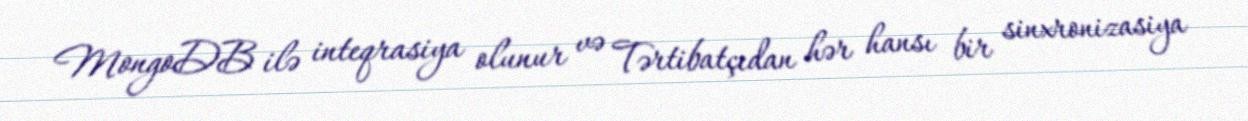
MongoDB ilə inteqrasiya olunur və Tərtibatçıdan hər hansı bir sinxronizasiya